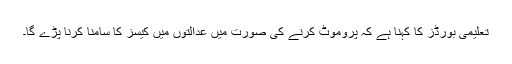
تعلیمی بورڈز کا کہنا ہے کہ پروموٹ کرنے کی صورت میں عدالتوں میں کیسز کا سامنا کرنا پڑے گا۔